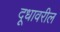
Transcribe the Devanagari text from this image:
दूधावरील